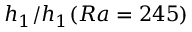
h _ { 1 } / h _ { 1 } ( R a = 2 4 5 )